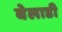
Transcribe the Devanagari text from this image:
बेलाडी